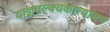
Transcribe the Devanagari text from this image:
याज्ञवल्क्यकात्यायन